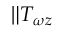
\| T _ { \omega z }